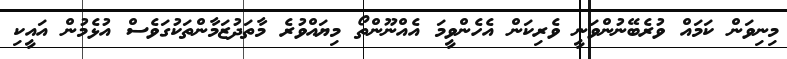
މިނިވަން ކަމައް ވުރެބޭނުންވަނީ ވެރިކަން އެހެންވީމަ އެއްނޫންތޯ މިޔައްވުރެ މާތަދުޒަމާންތަކުގަވެސް އުޅެމުން އައީކި